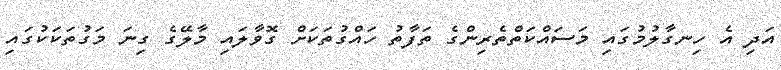
އަދި އެ ހިނގާލުމުގައި މަސައްކަތްތެރިންގެ ތަފާތު ހައްގުތަކަށް ގޮވާލައި މާލޭގެ ގިނަ މަގުތަކަކުގައި